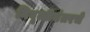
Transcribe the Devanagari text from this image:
निवृत्तीनंतरचे